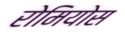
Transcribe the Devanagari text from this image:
रोमियोस